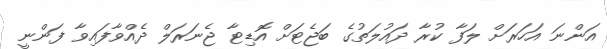
އަންނަ އަހަރަށް ލަފާ ކުރާ ދައުލަތުގެ ބަޖެޓަށް އޮޑިޓާ ޖެނަރަލް ދެއްވާފައިވާ ފަންނީ